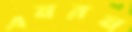
এনরন